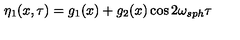
\eta _ { 1 } ( x , \tau ) = g _ { 1 } ( x ) + g _ { 2 } ( x ) \cos 2 \omega _ { s p h } \tau